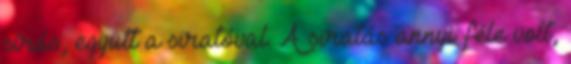
sírás, együtt a siratóval. A siratás annyi féle volt,